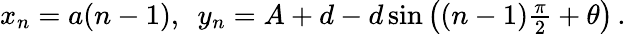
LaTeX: \begin{array}{r}{x_{n}=a(n-1),\ \ y_{n}=A+d-d\sin\left((n-1)\frac{\pi}{2}+\theta\right)\, .}\end{array}